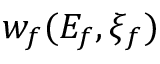
w _ { f } ( E _ { f } , \xi _ { f } )